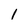
Character: 1